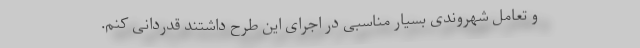
و تعامل شهروندی بسیار مناسبی در اجرای این طرح داشتند قدردانی کنم.